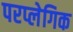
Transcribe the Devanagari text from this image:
परप्लेगिक